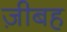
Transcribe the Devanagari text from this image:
ज़ीबह